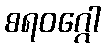
စရဝဂ္ဂေါ